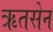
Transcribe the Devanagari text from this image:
ऋतसेन